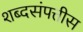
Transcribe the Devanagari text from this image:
शब्दसंपत्तीस